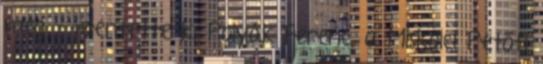
meg – jelentette ki Polyák Ferenc, a Miskolci Petőfi